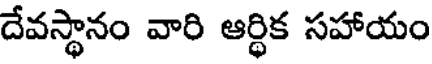
దేవస్థానం వారి ఆర్థిక సహాయం